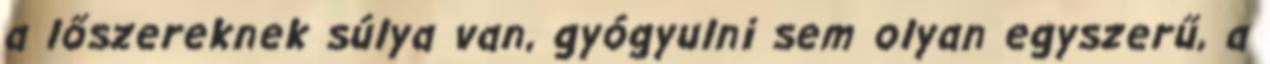
a lőszereknek súlya van, gyógyulni sem olyan egyszerű, a